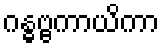
ဂန္ဓဗ္ဗကာယိကာ